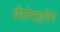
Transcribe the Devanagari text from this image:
वैंकोमाइसिन